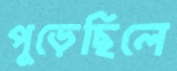
পুড়েছিলে